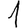
Digit: 1